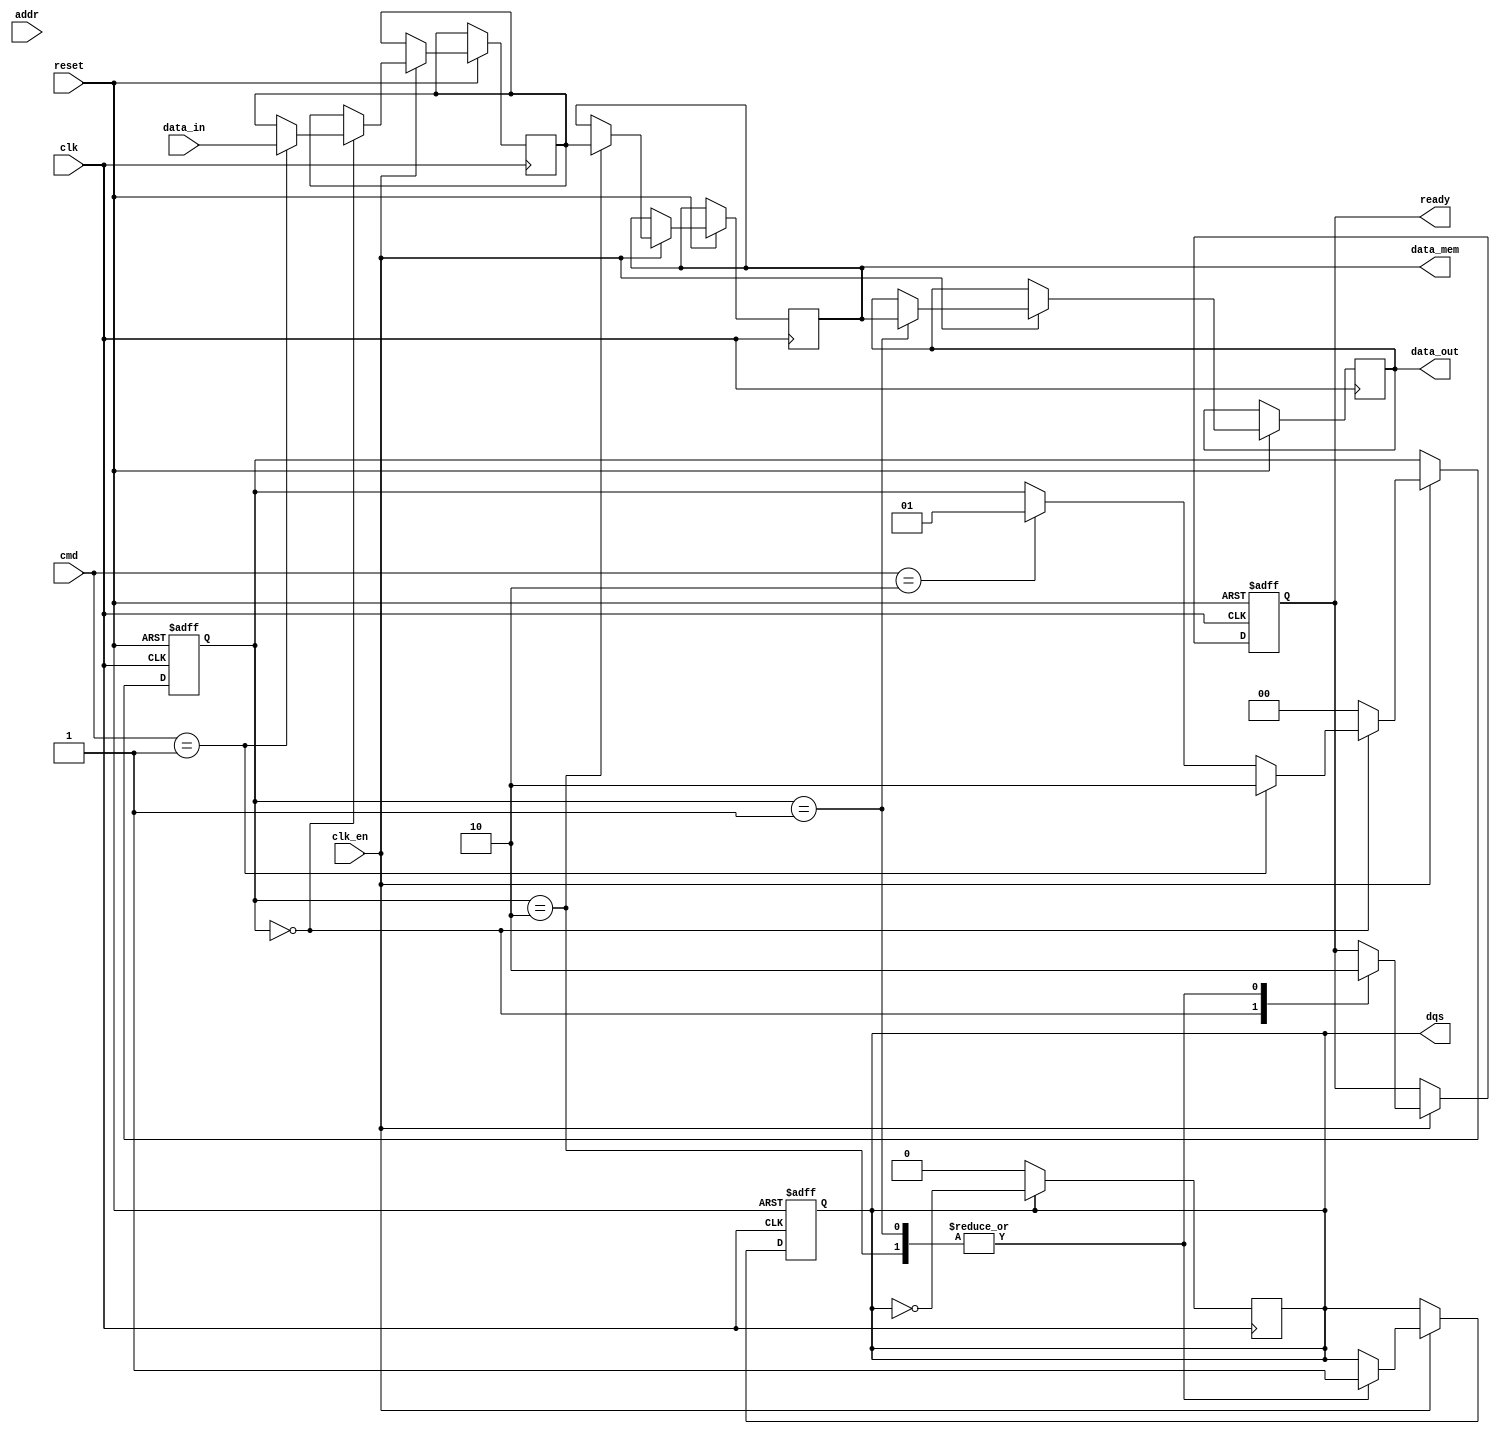
module gddr_io_block #(
    parameter DATA_WIDTH = 32,  // Data width: 16, 32, 64 bits
    parameter ADDR_WIDTH = 14,   // Address width
    parameter CMD_WIDTH = 3       // Command width
)(
    input wire clk,               // Clock signal
    input wire clk_en,            // Clock enable signal
    input wire [DATA_WIDTH-1:0] data_in, // Data input from the core
    output reg [DATA_WIDTH-1:0] data_out, // Data output to the core
    input wire [ADDR_WIDTH-1:0] addr, // Address input
    input wire [CMD_WIDTH-1:0] cmd, // Command input
    output reg dqs,              // Data Strobe signal
    output reg [DATA_WIDTH-1:0] data_mem, // Data to/from memory
    output reg ready,            // Ready signal for the host
    input wire reset              // Reset signal
);

    // Internal signals
    reg [DATA_WIDTH-1:0] data_buffer; // Buffer for data
    reg [1:0] state;                // State for command processing
    localparam IDLE = 2'b00;
    localparam READ = 2'b01;
    localparam WRITE = 2'b10;

    // Clock gating logic
    always @(posedge clk or negedge reset) begin
        if (!reset) begin
            ready <= 0;
            dqs <= 0;
            state <= IDLE;
        end else if (clk_en) begin
            case (state)
                IDLE: begin
                    ready <= 1;
                    if (cmd == 3'b001) begin // WRITE command
                        data_buffer <= data_in; // Load data to buffer
                        state <= WRITE;
                    end else if (cmd == 3'b010) begin // READ command
                        state <= READ;
                    end
                end
                
                WRITE: begin
                    data_mem <= data_buffer; // Write data to memory
                    dqs <= 1;                // Activate data strobe
                    ready <= 0;              // Not ready until operation completes
                    state <= IDLE;           // Go back to idle after write
                end
                
                READ: begin
                    data_out <= data_mem;    // Read data from memory
                    dqs <= 1;                // Activate data strobe
                    ready <= 0;              // Not ready until operation completes
                    state <= IDLE;           // Go back to idle after read
                end
                
                default: state <= IDLE;    // Default state
            endcase
        end
    end

    // Data strobe generation
    always @(posedge clk) begin
        if (dqs) begin
            dqs <= ~dqs; // Toggle DQS signal
        end
    end

endmodule